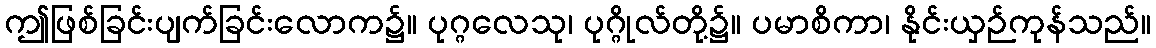
ဤဖြစ်ခြင်းပျက်ခြင်းလောက၌။ ပုဂ္ဂလေသု၊ ပုဂ္ဂိုလ်တို့၌။ ပမာစိကာ၊ နိုင်းယှဉ်ကုန်သည်။